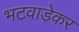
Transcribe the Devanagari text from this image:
भटवाड़ेकर